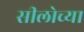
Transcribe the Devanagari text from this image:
सीलोच्या